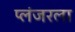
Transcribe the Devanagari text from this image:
प्लंजरला